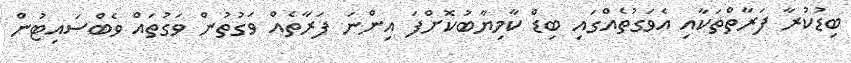
ބިޑުކުރާ ފަރާތްތަކާއި އެވަގުތެއްގައި ބިޑް ކާމިޔާބުކޮށްފަ އިންނަ ފަރާތެއް ވަގުތުން ވަގުތައް ވެބްސައިޓުން